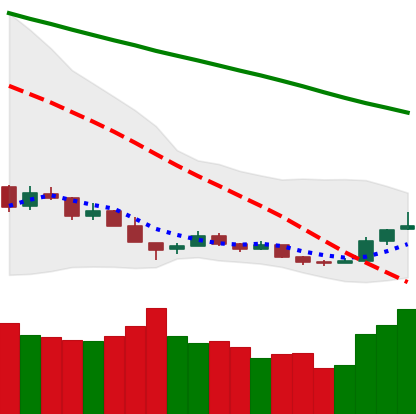
Ticker: BTC-USD
Chart end date: 2018-12-19
Forward return: 8.88%
Label: up_7plus